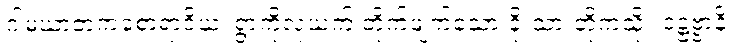
ဂါမဃာတကစောရာဝိယ၊ ရွာကိုလုယက် တိုက်ဖျက်သော ခိုးသားတို့ကဲ့သို့။ ဒဋ္ဌဗ္ဗာနိ၊